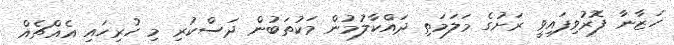
ހަޒާނާ ފޮރުވިފައިވީ ރަށުގެ މަލަމަތި ދައްކާލުމުން މަކުތަބުން ދަސްކުރި މި ހުރިހައި އެއްޗެއް